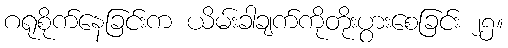
ဂရုစိုက်နေခြင်းက ယိမ်းခါချက်ကိုတိုးပွားစေခြင်း ၂၅။